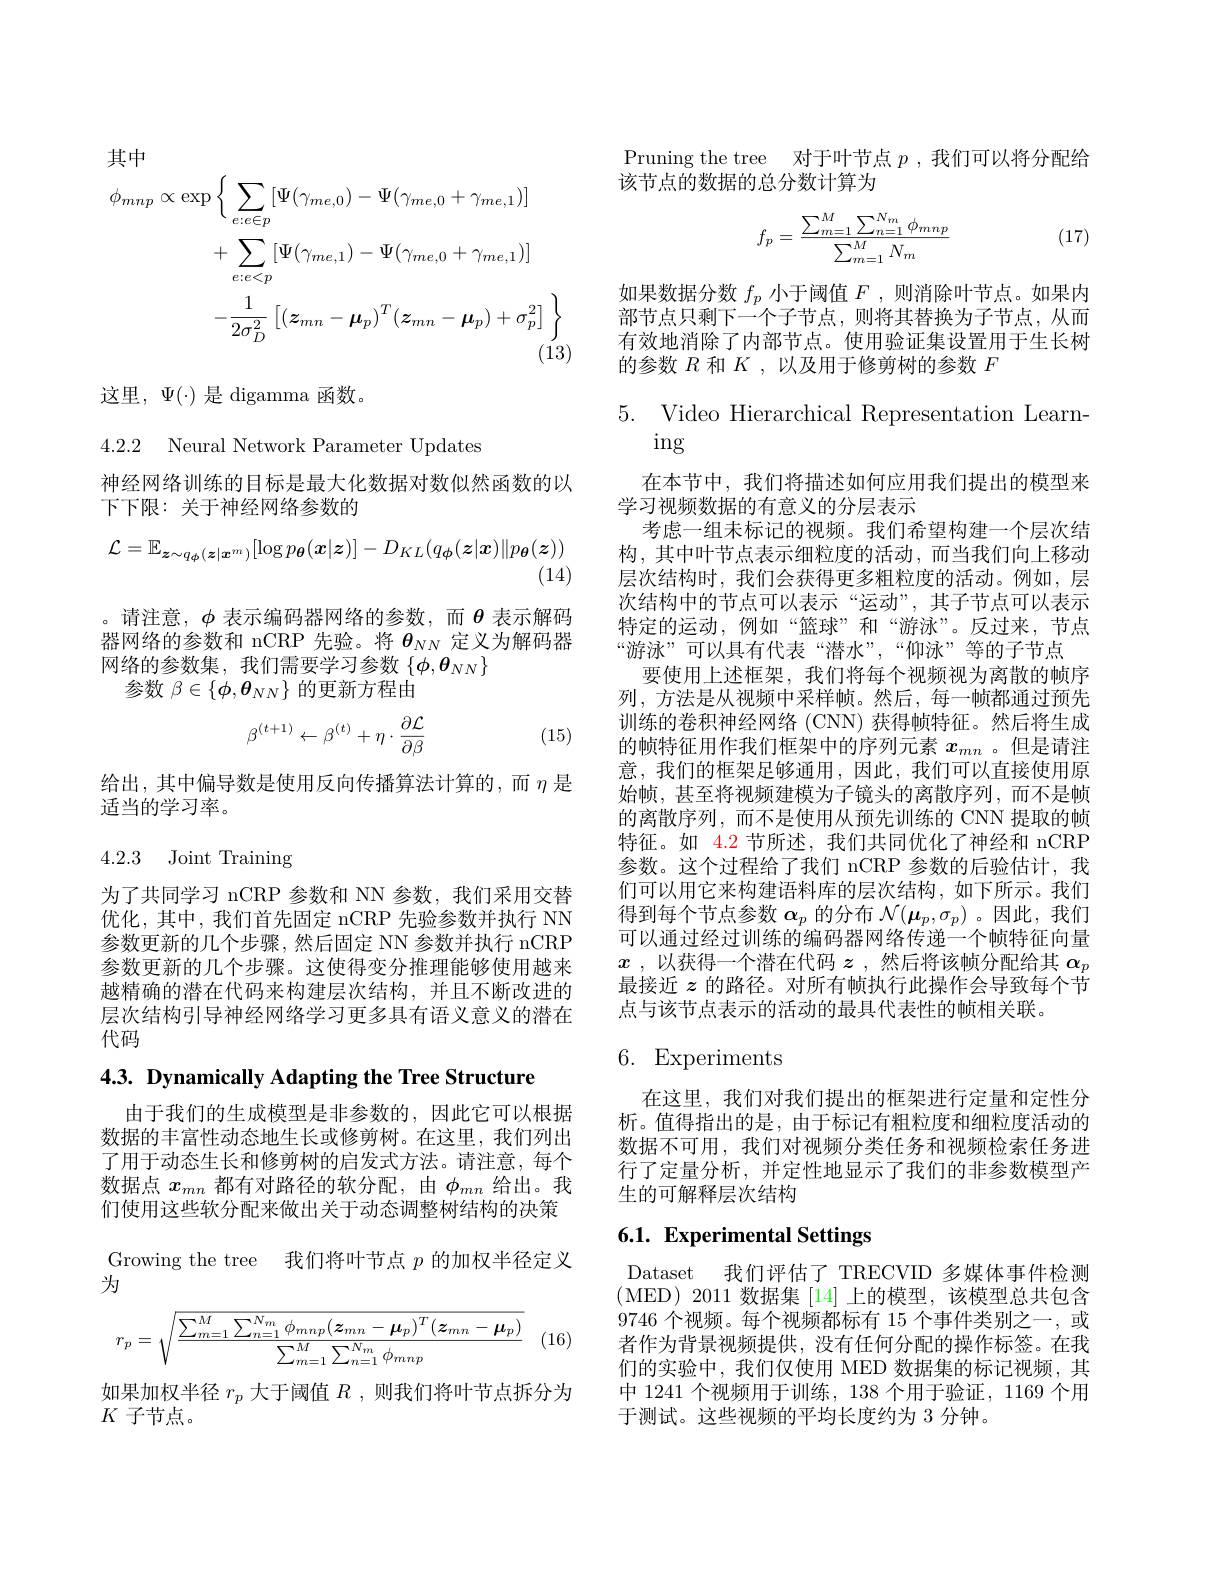
其中
$$\begin{aligned}\phi_{mnp}&\propto\exp\left\{\sum_{e:e\in p}[\Psi(\gamma_{me,0})-\Psi(\gamma_{me,0}+\gamma_{me,1})]\right.\\&+\sum_{e:e<p}[\Psi(\gamma_{me,1})-\Psi(\gamma_{me,0}+\gamma_{me,1})]\\&-\frac{1}{2\sigma_{D}^{2}}\left[(\boldsymbol{z}_{mn}-\boldsymbol{\mu}_{p})^{T}(\boldsymbol{z}_{mn}-\boldsymbol{\mu}_{p})+\sigma_{p}^{2}\right]\end{aligned}$$
这里，$\Psi(\cdot)$是 digamma 函数。

4.2.2 Neural Network Parameter Updates

神经网络训练的目标是最大化数据对数似然函数的以
下下限：关于神经网络参数的
$$\mathcal{L}=\mathbb{E}_{\boldsymbol{z}\sim q_{\phi}(\boldsymbol{z}|\boldsymbol{x}^{m})}[\log p_{\boldsymbol{\theta}}(\boldsymbol{x}|\boldsymbol{z})]-D_{KL}(q_{\boldsymbol{\phi}}(\boldsymbol{z}|\boldsymbol{x})\|p_{\boldsymbol{\theta}}(\boldsymbol{z}))$$
(14)

。请注意，$\phi$ 表示编码器网络的参数，而$\theta$ 表示解码器网络的参数和 nCRP 先验。将$\theta_{NN}$定义为解码器网络的参数集，我们需要学习参数$\{\phi,\boldsymbol{\theta}_NN\}$
参数$\beta\in\{\phi,\boldsymbol{\theta}_{NN}\}$的更新方程由
$$\beta^{(t+1)}\leftarrow\beta^{(t)}+\eta\cdot\frac{\partial\mathcal{L}}{\partial\beta}$$
(15)

给出，其中偏导数是使用反向传播算法计算的，而$\eta$是
适当的学习率。

## 4.2.3 Joint Training

为了共同学习 nCRP 参数和 NN 参数，我们采用交替优化，其中，我们首先固定 nCRP 先验参数并执行 NN 参数更新的几个步骤，然后固定 NN 参数并执行 nCRP 参数更新的几个步骤。这使得变分推理能够使用越来越精确的潜在代码来构建层次结构，并且不断改进的层次结构引导神经网络学习更多具有语义意义的潜在代码

4.3. Dynamically Adapting the Tree Structure

由于我们的生成模型是非参数的，因此它可以根据数据的丰富性动态地生长或修剪树。在这里，我们列出了用于动态生长和修剪树的启发式方法。请注意，每个数据点$x_{mn}$都有对路径的软分配，由$\phi_{mn}$给出。我们使用这些软分配来做出关于动态调整树结构的决策Growing the tree 我们将叶节点$p$的加权半径定义为

(16)
$$r_p=\sqrt{\frac{\sum_{m=1}^M\sum_{n=1}^{N_m}\phi_{mnp}(\boldsymbol{z}_{mn}-\boldsymbol{\mu}_p)^T(\boldsymbol{z}_{mn}-\boldsymbol{\mu}_p)}{\sum_{m=1}^M\sum_{n=1}^{N_m}\phi_{mnp}}}$$
如果加权半径$r_p$大于阈值$R$ ,则我们将叶节点拆分为
$K$子节点。

Pruning the tree 对于叶节点$p$ ,我们可以将分配给
该节点的数据的总分数计算为

(17)
$$f_p=\frac{\sum_{m=1}^M\sum_{n=1}^{N_m}\phi_{mnp}}{\sum_{m=1}^MN_m}$$
如果数据分数$f_p$小于阈值$F$ ,则消除叶节点。如果内部节点只剩下一个子节点，则将其替换为子节点，从而有效地消除了内部节点。使用验证集设置用于生长树的参数$R$和$K$,以及用于修剪树的参数$F$

$\begin{array}{ll}{5.}&{\mathrm{Video~Hierarchical~Representation~Learn-}}\\{\mathrm{ing}}&{\mathrm{ing}}\end{array}$

在本节中，我们将描述如何应用我们提出的模型来
学习视频数据的有意义的分层表示
考虑一组未标记的视频。我们希望构建一个层次结构，其中叶节点表示细粒度的活动，而当我们向上移动层次结构时，我们会获得更多粗粒度的活动。例如，层次结构中的节点可以表示“运动”,其子节点可以表示特定的运动，例如“篮球”和“游泳”。反过来，节点“游泳”可以具有代表“潜水”,“仰泳”等的子节点
要使用上述框架，我们将每个视频视为离散的帧序列，方法是从视频中采样帧。然后，每一帧都通过预先训练的卷积神经网络 (CNN) 获得帧特征。然后将生成的帧特征用作我们框架中的序列元素$x_{mn}$ 。但是请注意，我们的框架足够通用，因此，我们可以直接使用原始帧，甚至将视频建模为子镜头的离散序列，而不是帧的离散序列，而不是使用从预先训练的 CNN 提取的帧特征。如 4.2 节所述，我们共同优化了神经和 nCRP 参数。这个过程给了我们 nCRP 参数的后验估计，我们可以用它来构建语料库的层次结构，如下所示。我们得到每个节点参数$\alpha_p$的分布$\mathcal{N}(\boldsymbol\mu_p,\sigma_p)$ 。因此，我们可以通过经过训练的编码器网络传递一个帧特征向量$x$ ,以获得一个潜在代码$z$ ,然后将该帧分配给其$\alpha_p$ 最接近$z$的路径。对所有帧执行此操作会导致每个节点与该节点表示的活动的最具代表性的帧相关联。

## 6. Experiments

在这里，我们对我们提出的框架进行定量和定性分析。值得指出的是，由于标记有粗粒度和细粒度活动的数据不可用，我们对视频分类任务和视频检索任务进行了定量分析，并定性地显示了我们的非参数模型产生的可解释层次结构

## 6.1. Experimental Settings

Dataset 我们评估了 TRECVID 多媒体事件检测(MED)2011 数据集[14]上的模型，该模型总共包含9746个视频。每个视频都标有 15 个事件类别之一，或者作为背景视频提供，没有任何分配的操作标签。在我们的实验中，我们仅使用 MED 数据集的标记视频，其中 1241 个视频用于训练，138 个用于验证，1169 个用于测试。这些视频的平均长度约为 3 分钟。